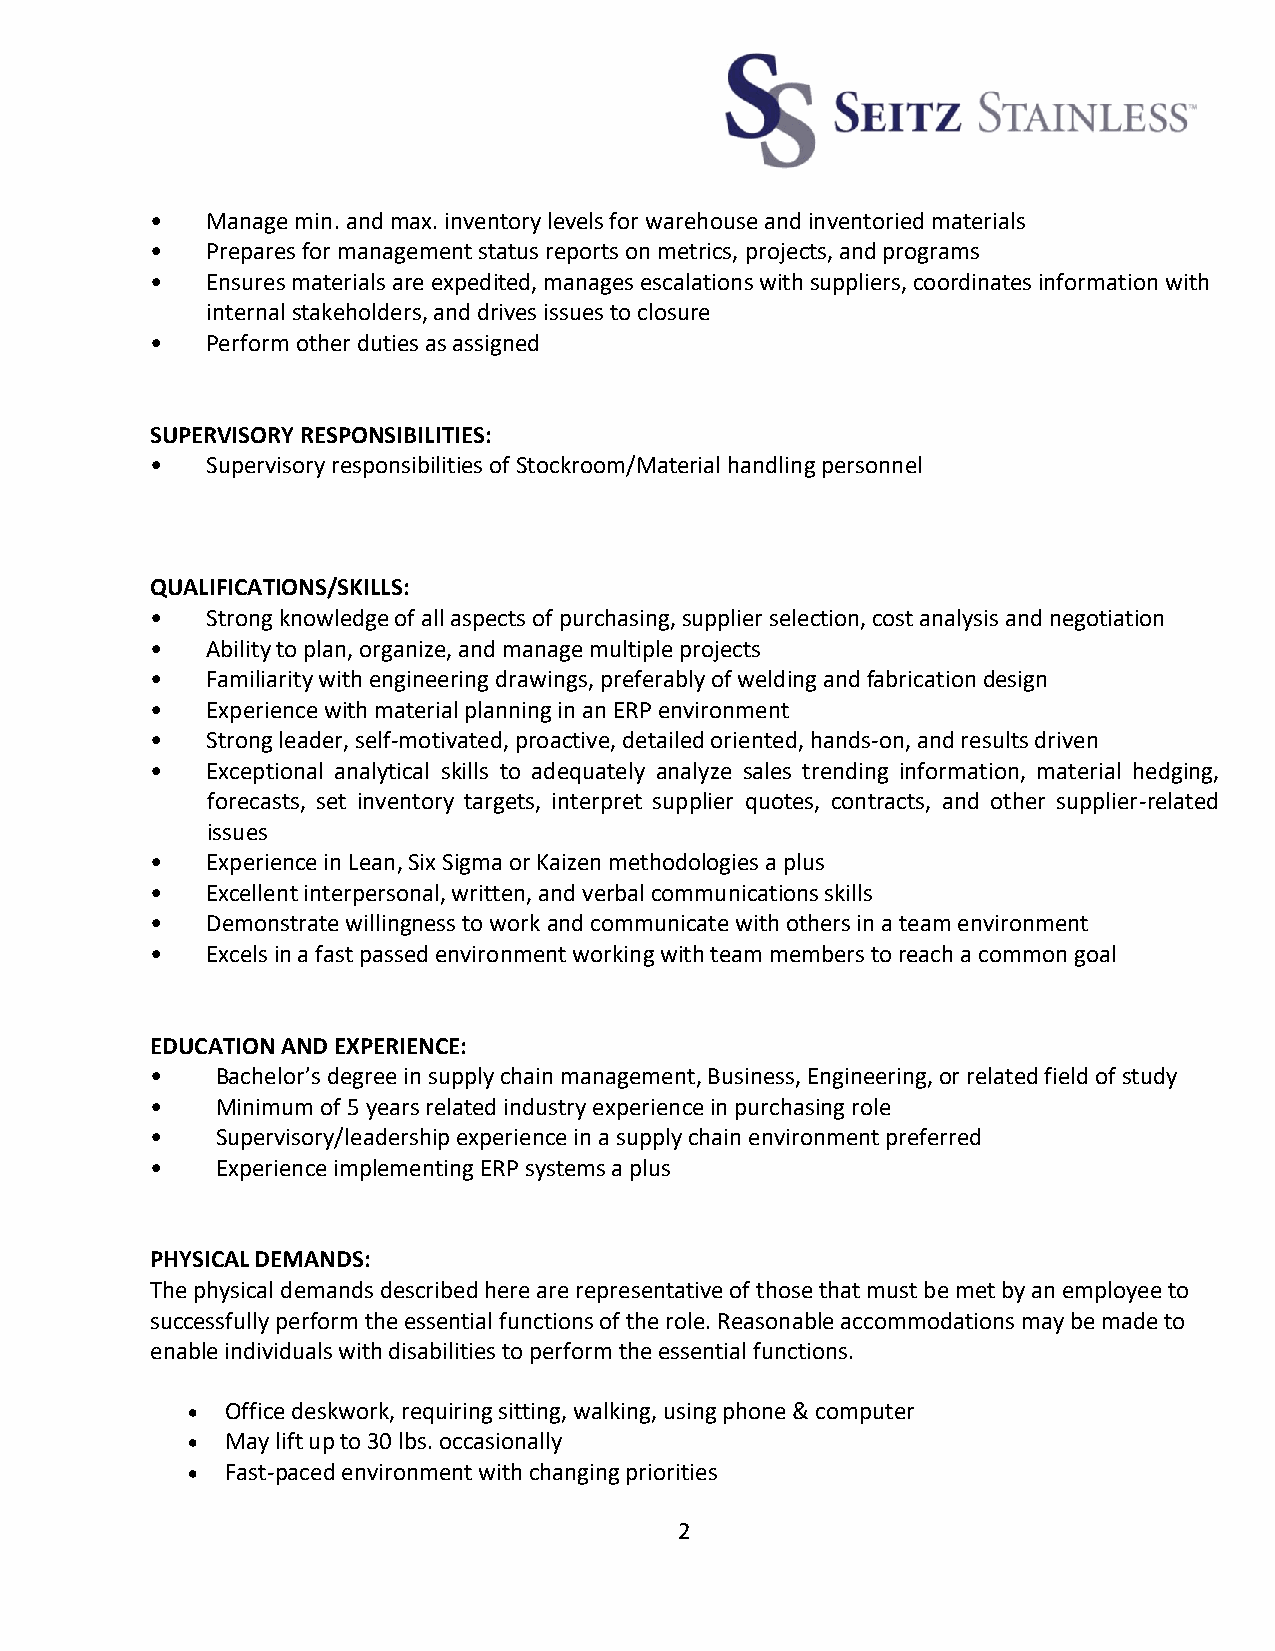
•   Manage min. and max. inventory levels for warehouse and inventoried materials
 •   Prepares for management status reports on metrics, projects, and programs
 •   Ensures materials are expedited, manages escalations with suppliers, coordinates information with
 internal stakeholders, and drives issues to closure
 •   Perform other duties as assigned
 SUPERVISORY RESPONSIBILITIES:
 •   Supervisory responsibilities of Stockroom/Material handling personnel
 QUALIFICATIONS/SKILLS:
 •   Strong knowledge of all aspects of purchasing, supplier selection, cost analysis and negotiation
 •   Ability to plan, organize, and manage multiple projects
 •   Familiarity with engineering drawings, preferably of welding and fabrication design
 •   Experience with material planning in an ERP environment
 •   Strong leader, self-motivated, proactive, detailed oriented, hands-on, and results driven
 •   Exceptional analytical skills to adequately analyze sales trending information, material hedging,
 forecasts, set inventory targets, interpret supplier quotes, contracts, and other supplier-related
 issues
 •   Experience in Lean, Six Sigma or Kaizen methodologies a plus
 •   Excellent interpersonal, written, and verbal communications skills
 •   Demonstrate willingness to work and communicate with others in a team environment
 •   Excels in a fast passed environment working with team members to reach a common goal
 EDUCATION AND EXPERIENCE:
 •   Bachelor’s degree in supply chain management, Business, Engineering, or related field of study
 •   Minimum of 5 years related industry experience in purchasing role
 •   Supervisory/leadership experience in a supply chain environment preferred
 •   Experience implementing ERP systems a plus
 PHYSICAL DEMANDS:
 The physical demands described here are representative of those that must be met by an employee to
 successfully perform the essential functions of the role. Reasonable accommodations may be made to
 enable individuals with disabilities to perform the essential functions.
 •  Office deskwork, requiring sitting, walking, using phone & computer
 •  May lift up to 30 lbs. occasionally
 •  Fast-paced environment with changing priorities
 2